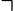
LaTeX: \urcorner